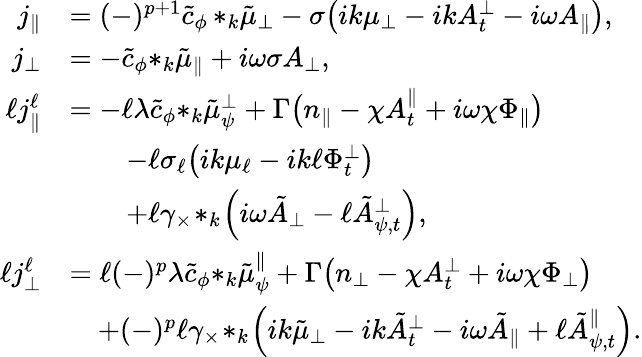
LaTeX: \begin{array}{rl}{j_{\| }}&{=(-)^{p+1}\tilde{c}_{\phi}\, {*_{k}\tilde{\mu}_{\perp}}-\sigma\big(ik{\mu_{\perp}}-ikA_{t}^{\perp}-i\omega A_{\| }\big),}\\ {j_{\perp}}&{=-\tilde{c}_{\phi}{*_{k}\tilde{\mu}_{\| }}+i\omega\sigma A_{\perp},}\\ {\ell j_{\| }^{\ell}}&{=-\ell\lambda\tilde{c}_{\phi}{*_{k}\tilde{\mu}_{\psi}^{\perp}}+\Gamma\big(n_{\| }-\chi A_{t}^{\| }+i\omega\chi\Phi_{\| }\big)}\\ &{\qquad-\ell\sigma_{\ell}\big(ik\mu_{\ell}-ik\ell\Phi_{t}^{\perp}\big)}\\ &{\qquad+\ell\gamma_{\times}\! *_{k}\! \left(i\omega{\tilde{A}_{\perp}}-\ell{\tilde{A}_{\psi,t}^{\perp}}\right),}\\ {\ell j_{\perp}^{\ell}}&{=\ell(-)^{p}\lambda\tilde{c}_{\phi}{*_{k}\tilde{\mu}_{\psi}^{\| }}+\Gamma\big(n_{\perp}-\chi A_{t}^{\perp}+i\omega\chi\Phi_{\perp}\big)}\\ &{\quad+(-)^{p}\ell\gamma_{\times}\! *_{k}\! \left(ik{\tilde{\mu}_{\perp}}-ik{\tilde{A}_{t}^{\perp}}-i\omega{\tilde{A}_{\| }}+\ell{\tilde{A}_{\psi,t}^{\| }}\right).}\end{array}